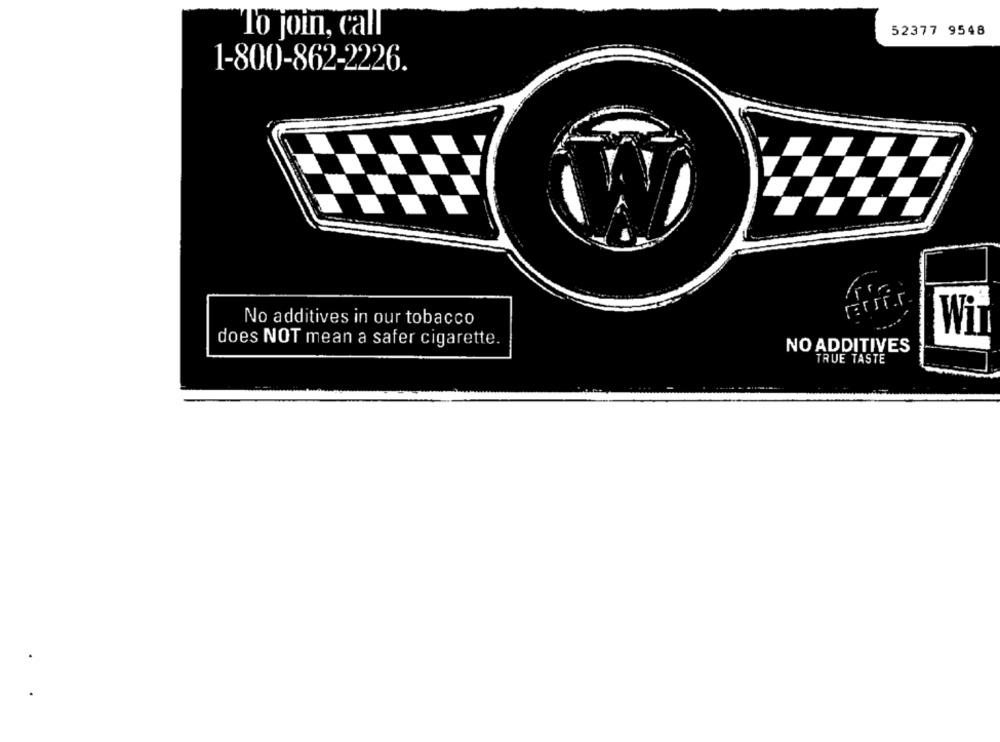
To join, call
52377 9548
1-800-862-2226.
No additives in our tobacco
Wir
does NOT mean a safer cigarette.
NO ADDITIVES
TRUE TASTE